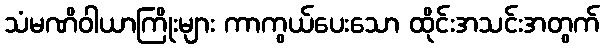
သံမဏိဝါယာကြိုးများ ကာကွယ်ပေးသော ထိုင်းအသင်းအတွက်